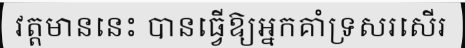
វត្តមាននេះ បានធ្វើឱ្យអ្នកគាំទ្រសរសើរ